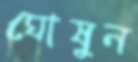
ঘোষুন